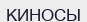
КИНОСЫ